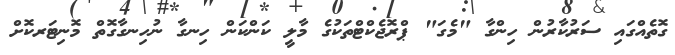
ގޮތެއްގައި ސަރުކާރުން ހިންގާ "މެގަ" ޕްރޮޖެކްޓްތަކުގެ މާލީ ކަންކަން ހިނގާ ނުހިނގާގޮތް މޮނިޓަރކޮށް